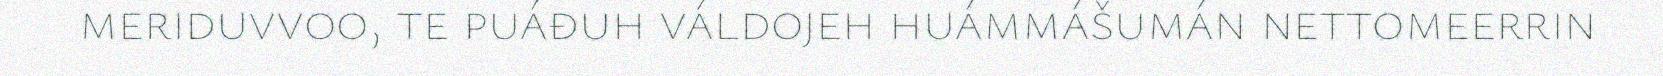
meriduvvoo, te puáđuh váldojeh huámmášumán nettomeerrin